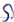
Text: S